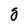
Character: g